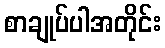
စာချုပ်ပါအတိုင်း